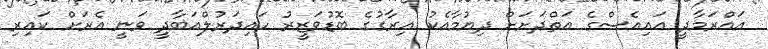
އައްރަމާދީ އައިއެސްގެ އަތްދަށަށް ދިޔުމާއެކު އިރާގުގެ ބޮޑުވަޒީރު ހައިދަރުލްއަބާދީ ވަނީ އެރަށް ކައިރި